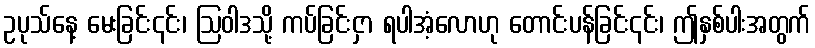
ဥပုသ်နေ့ မေးခြင်း၎င်း၊ ဩဝါဒသို့ ကပ်ခြင်းငှာ ရပါအံ့လောဟု တောင်းပန်ခြင်း၎င်း၊ ဤနှစ်ပါးအတွက်